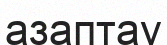
азаптау